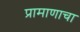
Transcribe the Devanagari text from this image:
प्रामाणाचा